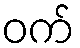
ဝက်